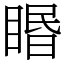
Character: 䁕